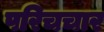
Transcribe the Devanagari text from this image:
परिचचार